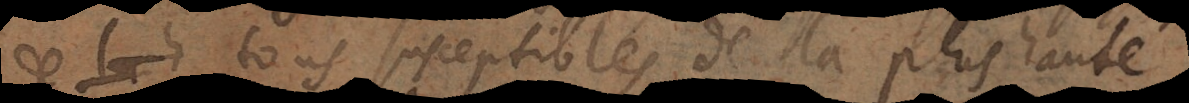
tous susceptibles de la plus haute